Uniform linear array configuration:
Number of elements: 12
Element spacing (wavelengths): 0.25
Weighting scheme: binomial
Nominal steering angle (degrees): -30
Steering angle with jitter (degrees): -31.477
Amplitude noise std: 0.05
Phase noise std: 0.05

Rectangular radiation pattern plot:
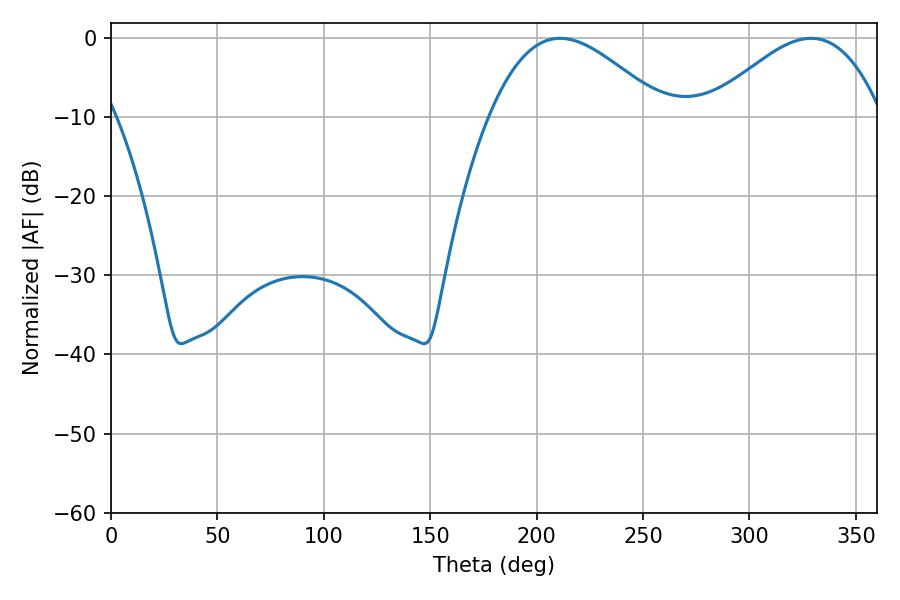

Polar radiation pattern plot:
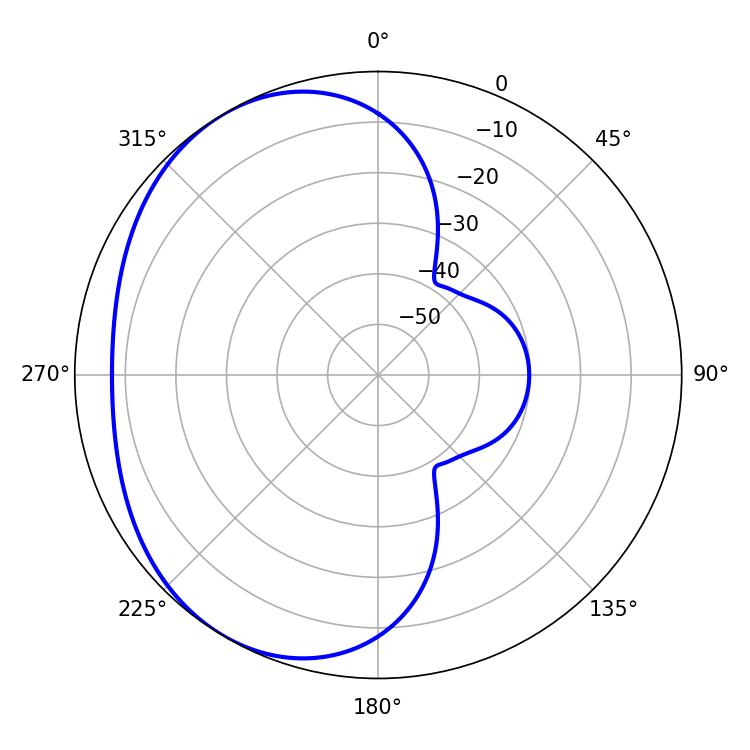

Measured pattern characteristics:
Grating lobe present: FALSE
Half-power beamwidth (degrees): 44.28
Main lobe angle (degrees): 210.96